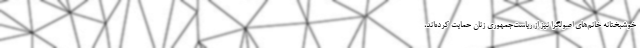
خوشبختانه خانم‌هاي اصولگرا نيز از رياست‌جمهوري زنان حمايت کرده‌اند،